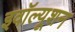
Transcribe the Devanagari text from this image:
इवॉल्यूशन